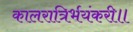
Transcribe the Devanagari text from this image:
कालरात्रिर्भयंकरी॥